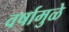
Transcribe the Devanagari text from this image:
वर्षामुळे